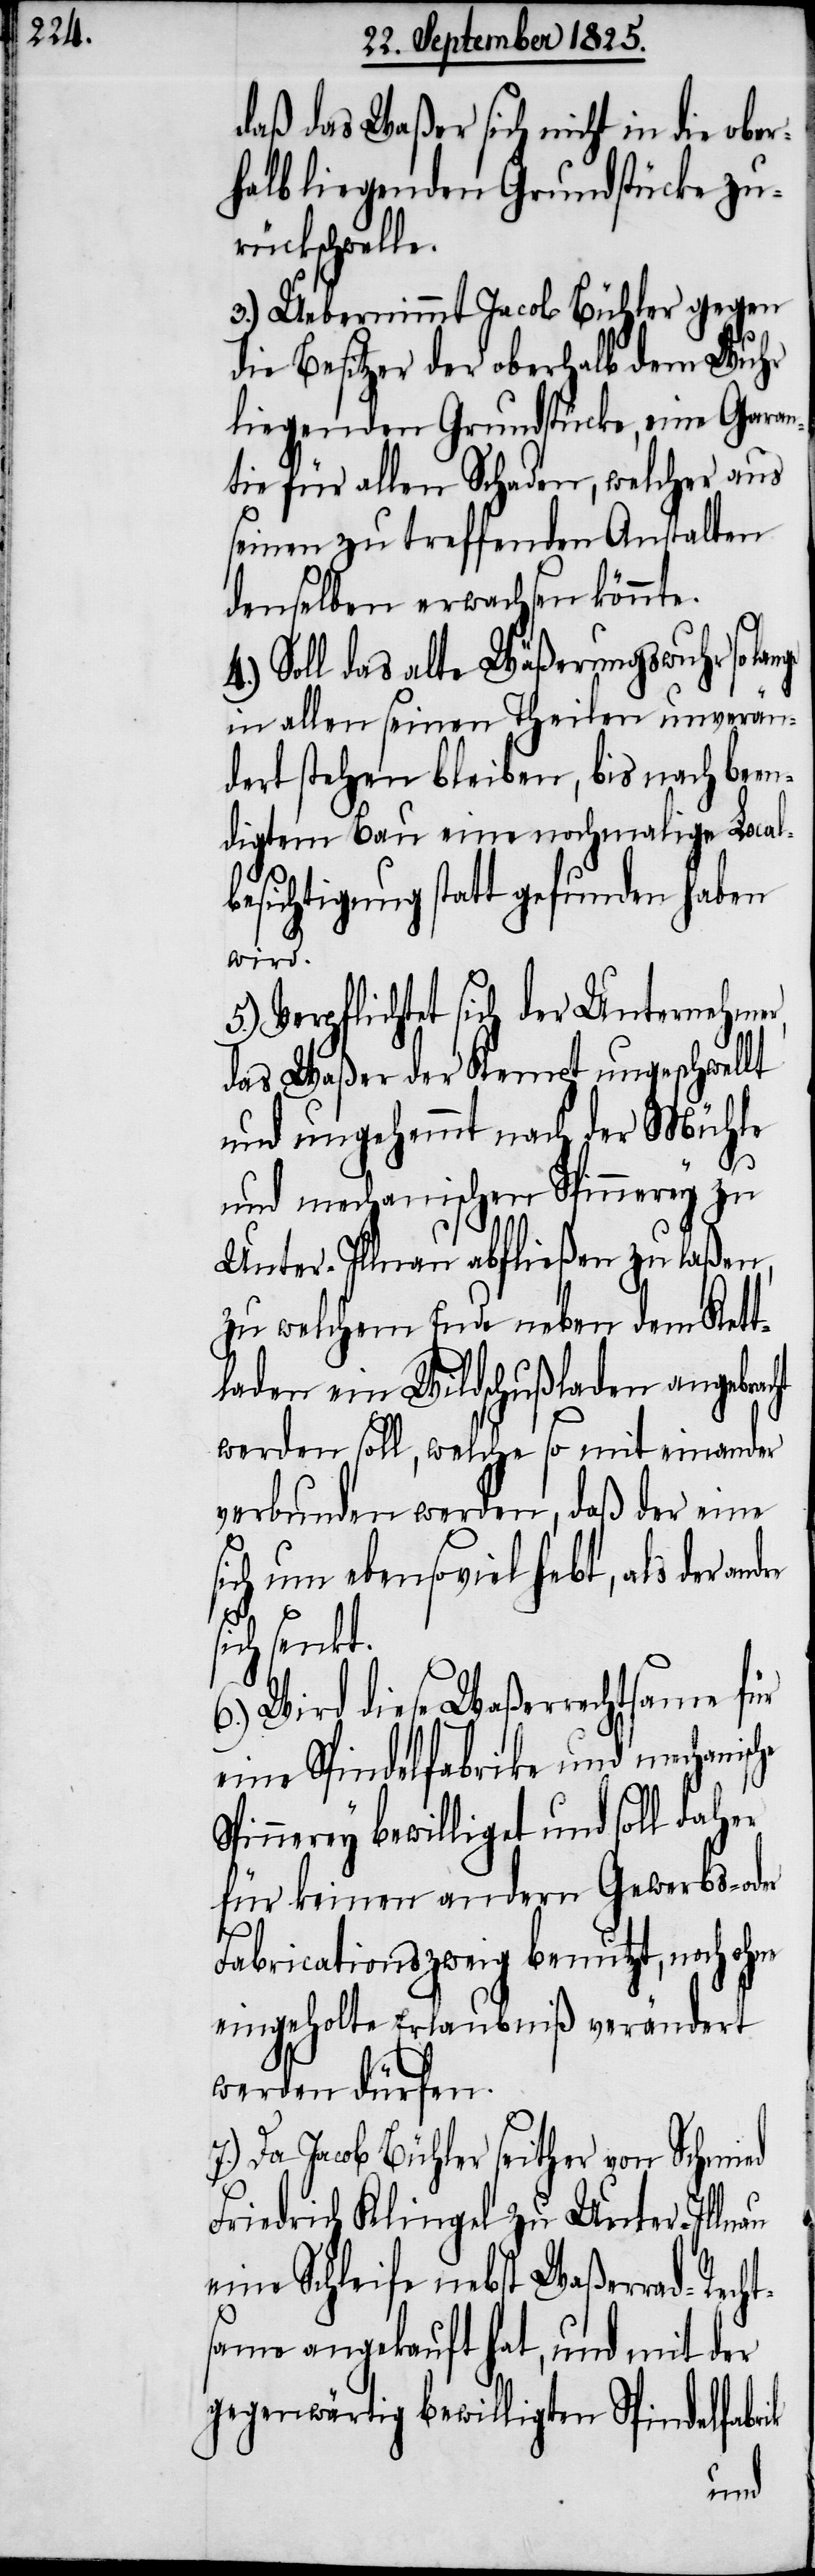
daß das Waßer sich nicht in die ober¬
halb liegenden Grundstücke zu¬
rückschwelle.
3.) Uebernimmt Jacob Bühler gegen
die Besitzer der oberhalb dem Wuhr
liegenden Grundstücke, eine Garan¬
tie für allen Schaden, welcher aus
seinen zu treffenden Anstalten
demselben erwachsen könnte.
Soll das alte Wäßerungswuhr sola¬
in allen seinen Theilen unverän¬
dert stehen bleiben, bis nach been¬
digtem Bau eine nochmalige Local¬
besichtigung statt gefunden haben
wird.
5.) Verpflichtet sich der Unternehmer,
das Waßer der Kempt ungeschwellt
und ungehemmt nach der Mühle
und mechanischen Spinnerey zu
Unter-Illnau abfließen zu laßen,
zu welchem Ende neben dem Kett¬
laden ein Wildschußladen angebr¬
werden soll, welche so mit einander
verbunden werden, daß der eine
sich um ebensoviel hebt, als der an¬
sich senkt.
6.) Wird diese Waßerrechtsame für
eine Spindelfabrik und mechanis¬
Spinnerey bewilliget und soll daher
für keinen andern Gewerbs- oder
Fabricationszweig benutzt, noch ohne
eingeholte Erlaubniß verändert
che
werden dürfen.
7.) Da Jacob Bühler seither von Schmied
Friedrich Klingel zu Unter-Illnau
eine Schleife nebst Waßerrad-Recht¬
same angekauft hat, und mit der
gegenwärtig bewilligten Spindelfabr¬
ik